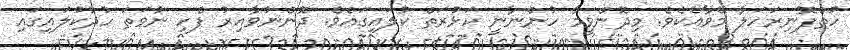
ހުތްފޮނިރަހަލާ މޭވާއެކެވެ. މިދޮންވީމާ ހުންނާނީ ކަޅުރަތް ކުލައިގައެވެ. ދޮންނުވާއިރު ފެހި ނުވަތަ ހުދުކުލައިގައި